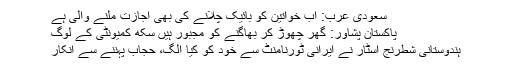
سعودی عرب: اب خواتین کو بائیک چلانے کی بھی اجازت ملنے والی ہے
پاکستان پشاور: گھر چھوڑ کر بھاگنے کو مجبور ہیں سکھ کمیونٹی کے لوگ
ہندوستانی شطرنج اسٹار نے ایرانی ٹورنامنٹ سے خود کو کیا الگ، حجاب پہننے سے انکار